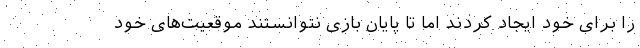
را برای خود ایجاد کردند اما تا پایان بازی نتوانستند موقعیت‌های خود